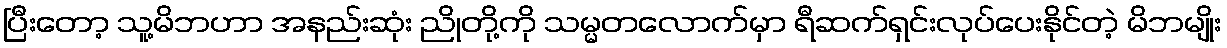
ပြီးတော့ သူ့မိဘဟာ အနည်းဆုံး ညိုတို့ကို သမ္မတလောက်မှာ ရီဆက်ရှင်းလုပ်ပေးနိုင်တဲ့ မိဘမျိုး